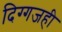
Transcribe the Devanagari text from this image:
दिग्गजही